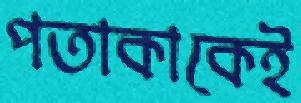
পতাকাকেই